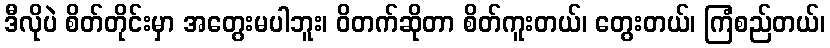
ဒီလိုပဲ စိတ်တိုင်းမှာ အတွေးမပါဘူး၊ ဝိတက်ဆိုတာ စိတ်ကူးတယ်၊ တွေးတယ်၊ ကြံစည်တယ်၊